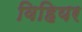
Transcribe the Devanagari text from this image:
विहियर